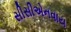
સીસીએનવાય